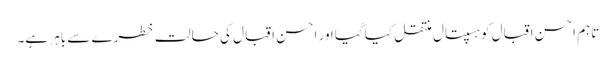
تاہم احسن اقبال کوہسپتال منتقل کیا گیااور احسن اقبال کی حالت خطرے سے باہر ہے۔